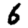
Digit: 6